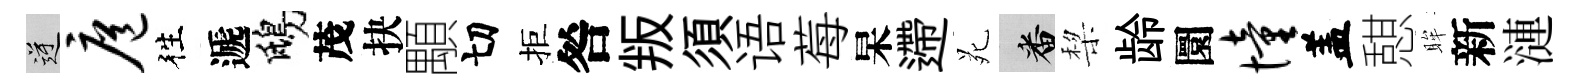
逆扈徃遞鴟茂抉顒切拒咎叛須语莓杲遰苑番棃龄圜憧盖憇眸新漣